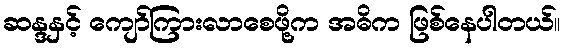
ဆန္ဒနှင့် ကျော်ကြားလာစေဖို့က အဓိက ဖြစ်နေပါတယ်။